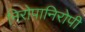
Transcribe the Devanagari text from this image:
निरोपानिरोपी